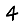
Digit: 4